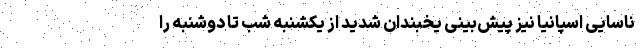
ناسایی اسپانیا نیز پیش‌بینی یخبندان شدید از یکشنبه شب تا دوشنبه را